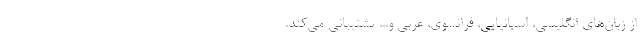
از زبان‌های انگلیسی، اسپانیایی، فرانسوی، عربی و... پشتیبانی می‌کند.